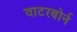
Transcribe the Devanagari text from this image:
वाटरबोर्न